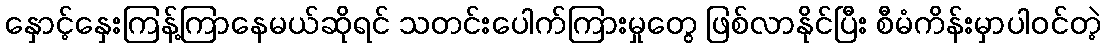
နှောင့်နှေးကြန့်ကြာနေမယ်ဆိုရင် သတင်းပေါက်ကြားမှုတွေ ဖြစ်လာနိုင်ပြီး စီမံကိန်းမှာပါဝင်တဲ့